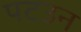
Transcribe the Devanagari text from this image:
पटउन